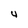
Character: 4